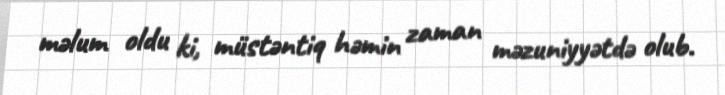
məlum oldu ki, müstəntiq həmin zaman məzuniyyətdə olub.